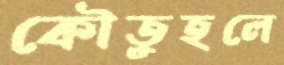
কৌতুহলে